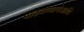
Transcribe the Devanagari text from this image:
पाठवण्याचेआणि